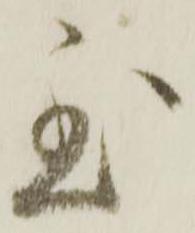
至